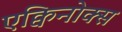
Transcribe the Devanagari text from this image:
एक्विनोक्स